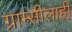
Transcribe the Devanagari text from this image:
ग्राम्सीलाही